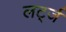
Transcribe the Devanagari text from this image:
लर्ट्ज